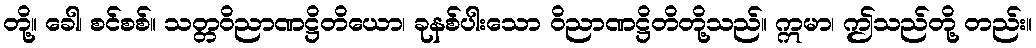
တို့။ ခေါ၊ စင်စစ်။ သတ္တဝိညာဏဋ္ဌိတိယော၊ ခုနစ်ပါးသော ဝိညာဏဋ္ဌိတိတို့သည်။ ဣမာ၊ ဤသည်တို့ တည်း။